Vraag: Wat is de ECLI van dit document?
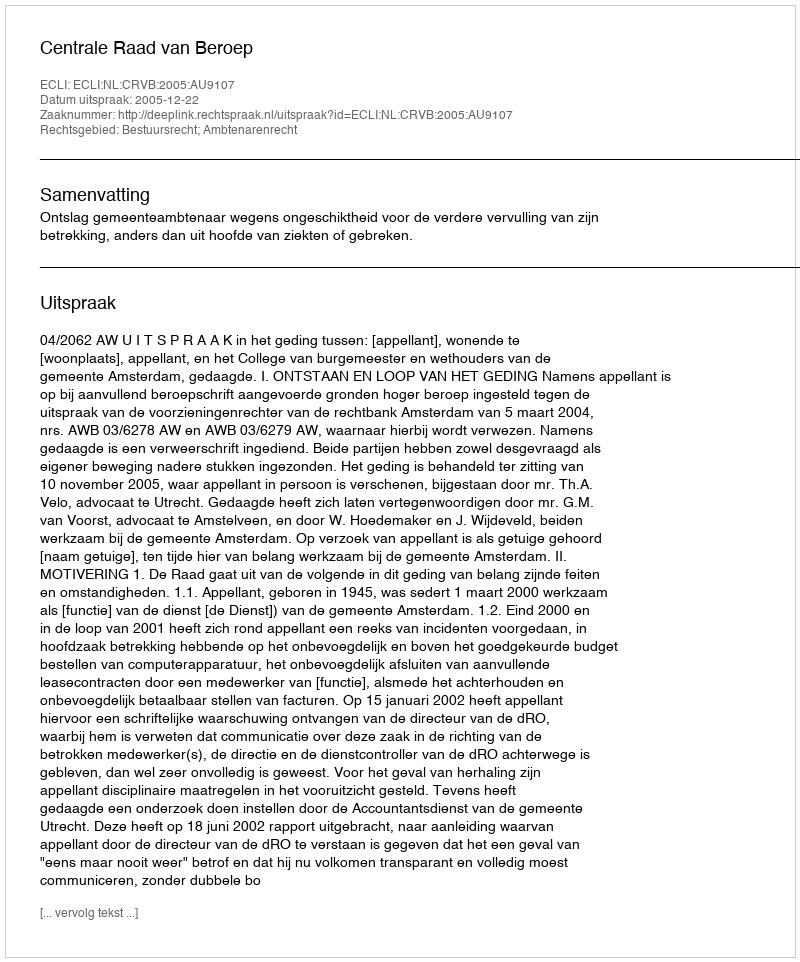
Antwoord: ECLI:NL:CRVB:2005:AU9107